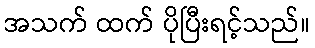
အသက် ထက် ပိုပြီးရင့်သည်။